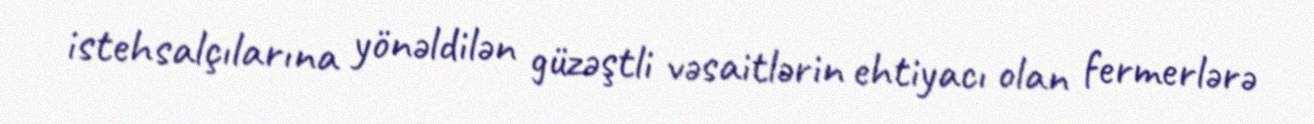
istehsalçılarına yönəldilən güzəştli vəsaitlərin ehtiyacı olan fermerlərə